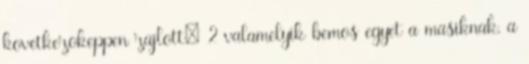
kovetkezokeppen zajlott: 2 valamelyik bemos egyet a masiknak, a